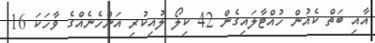
އާއި ބަތް ކެއުން ހުއްޓާލައިގެން 42 ކިލޯ ލުއިކުރި އަންހެނެއްގެ ވާހަކަ 16